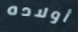
أولاده